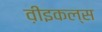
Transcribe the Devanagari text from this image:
व़ीइकल्स